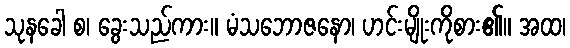
သုနခေါ စ၊ ခွေးသည်ကား။ မံသဘောဇနော၊ ဟင်းမျိုးကိုစား၏။ အထ၊